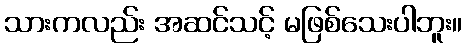
သားကလည်း အဆင်သင့် မဖြစ်သေးပါဘူး။